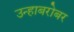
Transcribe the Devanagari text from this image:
उन्हाबरोबर